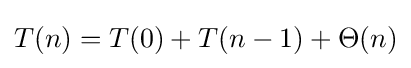
T(n)=T(0)+T(n-1)+\Theta (n)